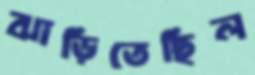
ঝাড়িতেছিল